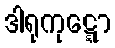
ဒါရုကုဋ္ဋော